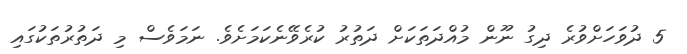
5 ދުވަހަށްވުރެ ދިގު ނޫން މުއްދަތަކަށް ދަތުރު ކުރެވޭނެކަމަށެވެ. ނަމަވެސް މި ދަތުރުތަކުގައި